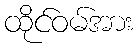
ထိုင်ဝမ်အား